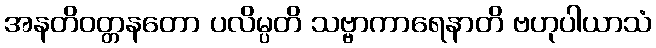
အနတိဝတ္တနတော ပလိမ္ပတိ သဗ္ဗာကာရေနာတိ ဗဟုပါယာသံ